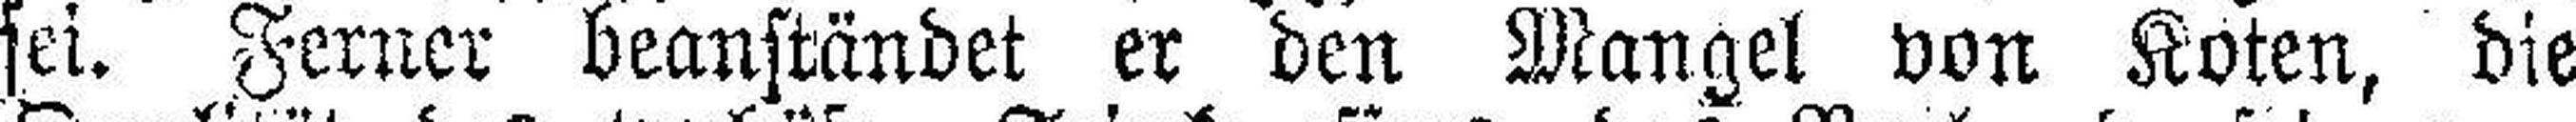
sei. Ferner beanständet er den Mangel von Koten, die